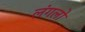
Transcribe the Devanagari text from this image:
लंगलो